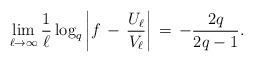
\begin{align*}\lim_{\ell \to \infty}\frac{1}{\ell} \log_{q} \left| f \, - \, \frac{U_{\ell}}{V_{\ell}} \right| \, = \, -\frac{2q}{2q - 1}.\end{align*}